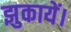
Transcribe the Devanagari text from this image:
झुकायें।